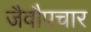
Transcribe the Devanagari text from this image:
जैवौपचार